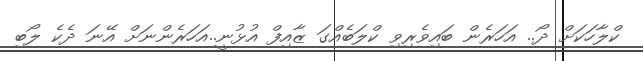
ކްލާހަކަށް ދޯ.. އަހަރެން ބައިވެރިވި ކްލަބެއްގަ ޒާއިފް އުޅުނީ..އަހަރެންނަށް އޭނަ ދެކެ ލޯބި